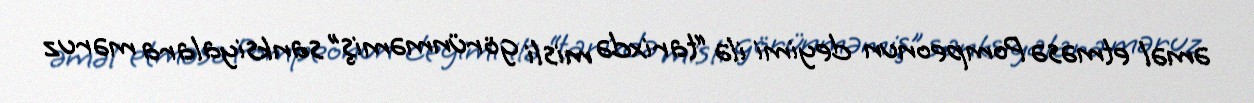
əməl etməsə Pompeonun deyimi ilə “tarixdə misli görünməmiş” sanksiyalara məruz